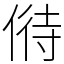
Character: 偫